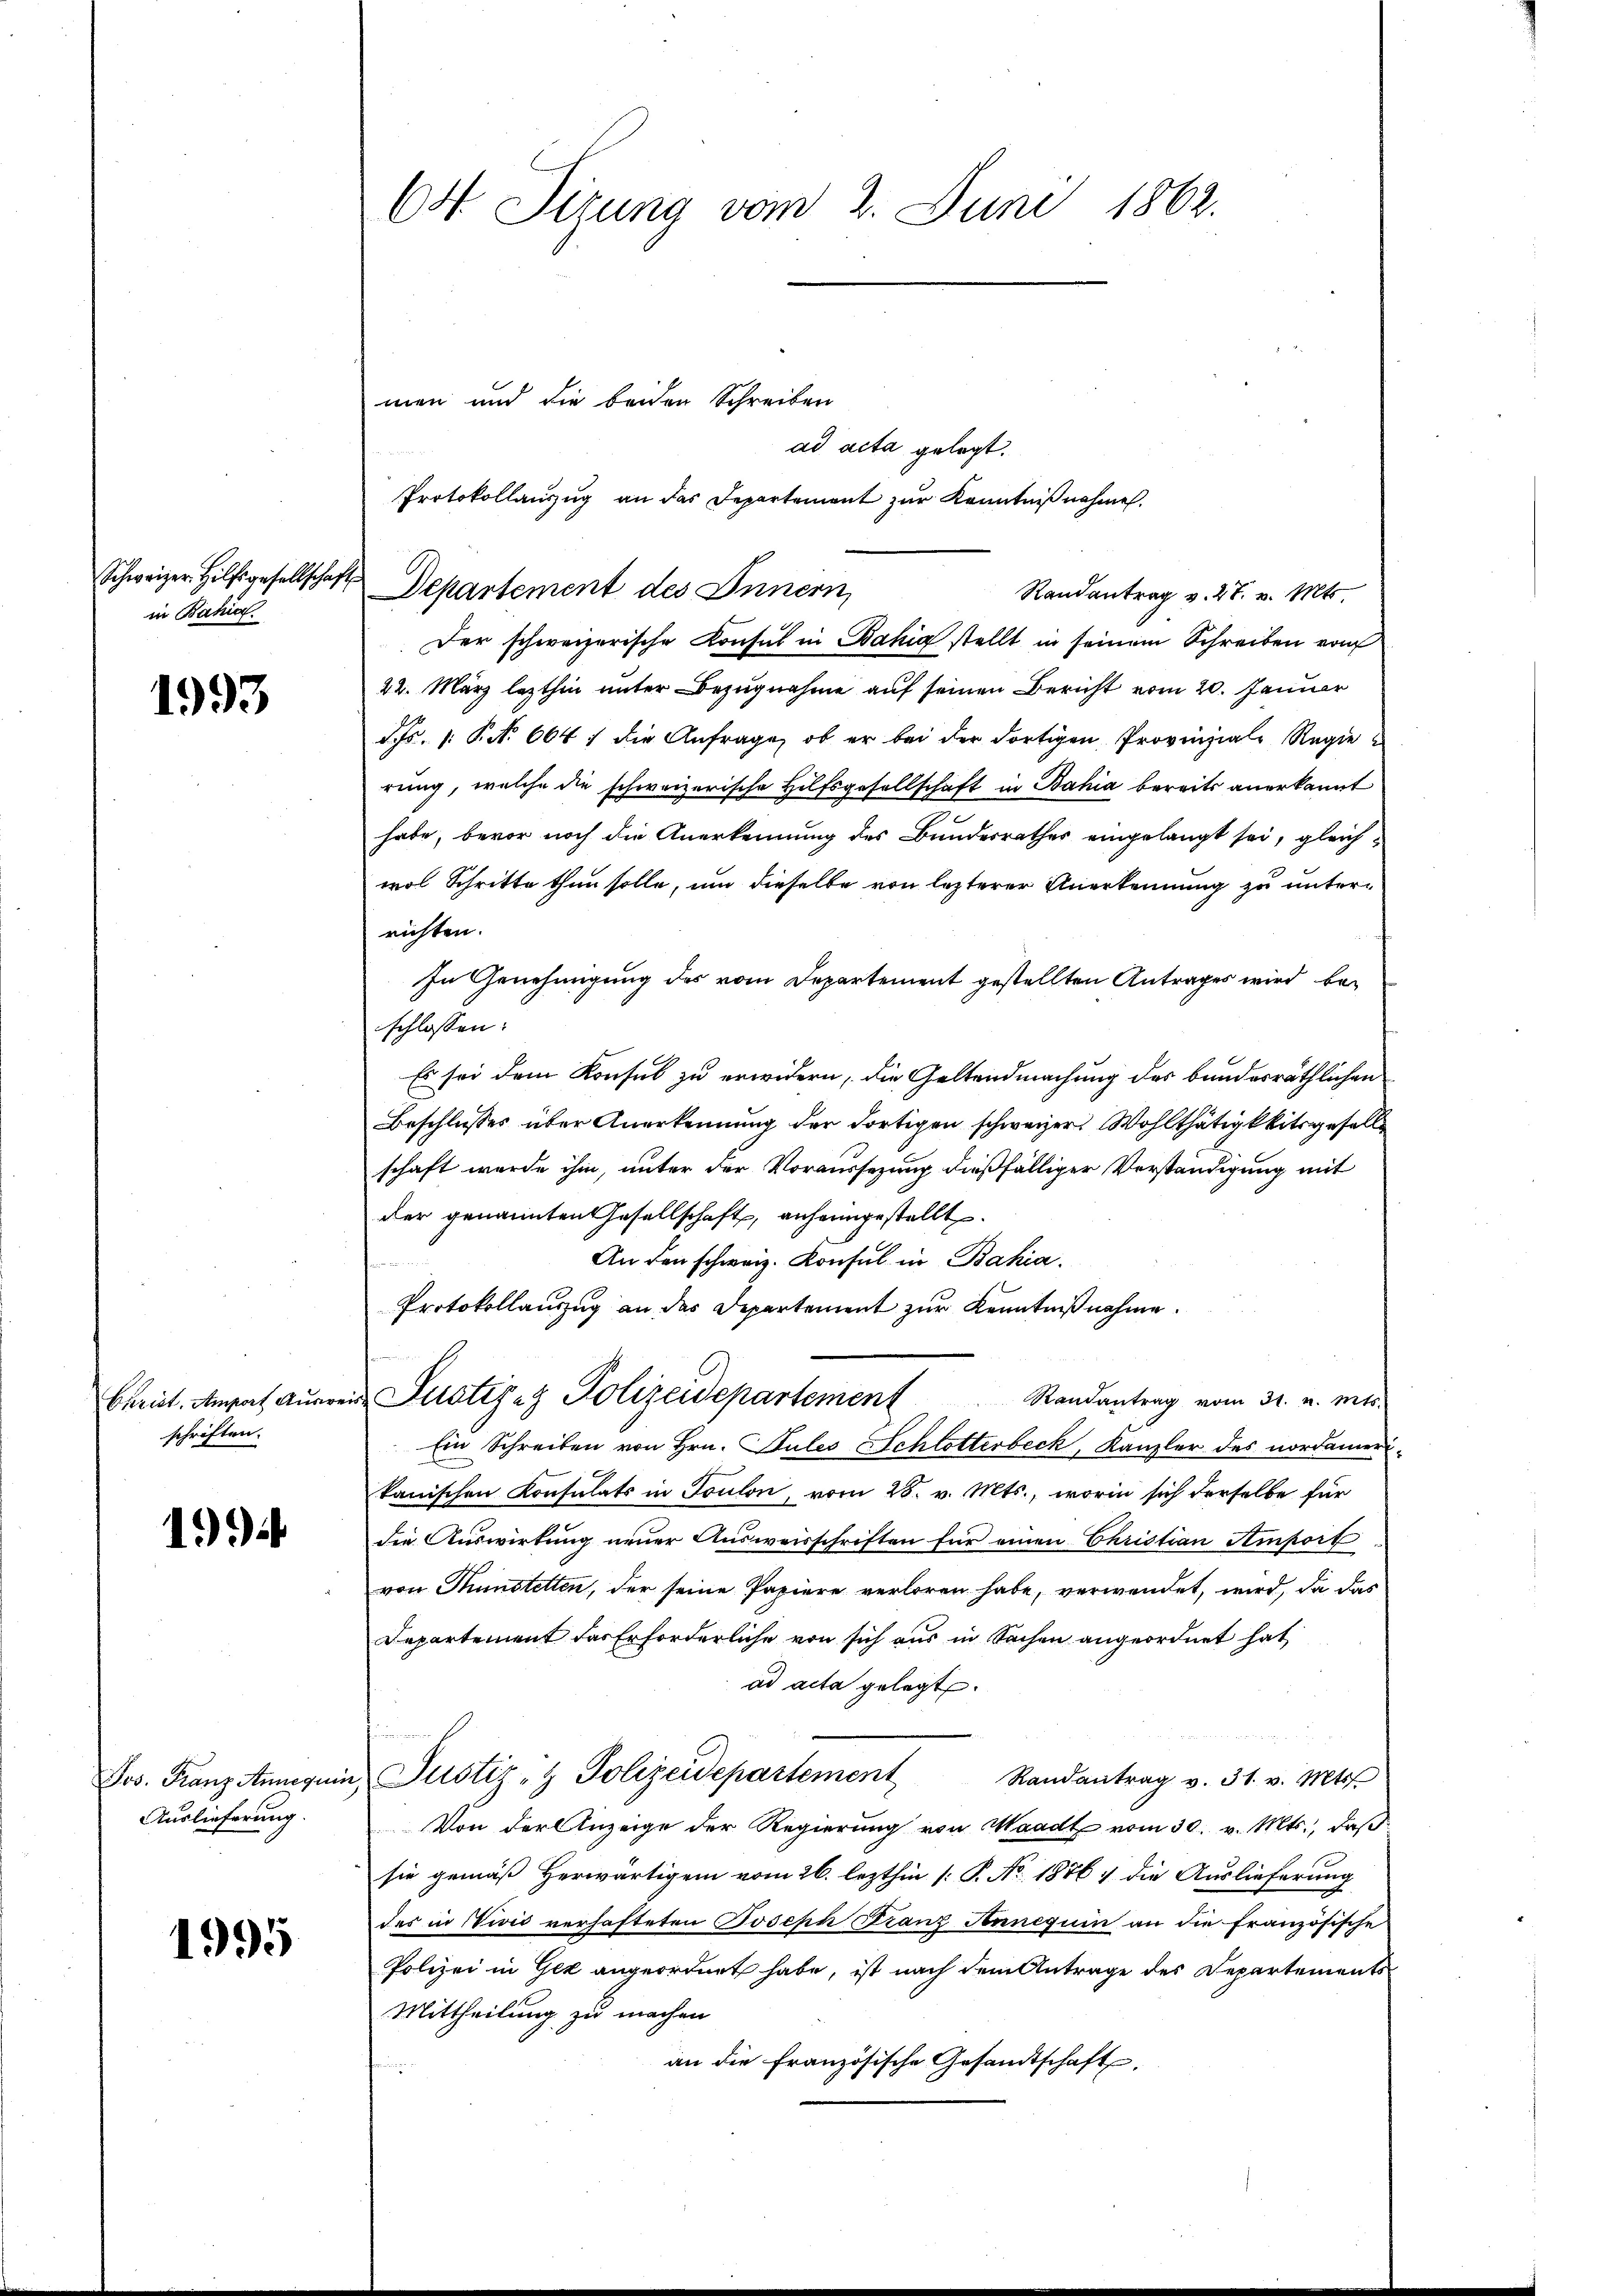
in Bahia.

1993

Christ. Amport Ausweis
schriften.

1)

Jos. Franz Annequis
Auslieferung.

1995

64 Sizung vom 2. Juni 1862.

men und die beiden Schreiben
ad acta gelegt.
Protokollanzug an das Departement zur Kenntniß nehmen.
Der schweizerische Konsul in Bahia stellt in seinem Schreiben vom
22. März lezthin unter Bezugnahme auf seinen Bericht vom 20. Januar
S.s. 1. P. Nr. 664 die Anfrage, ob er bei der dortigen Provinziale Regierung, welche die schweizerische Hilfsgesellschaft in Bahia bereits anerkannt
habe, bevor noch die Anerkennung des Bundesrathes eingelangt sei, gleichwol Schritte thun solle, um dieselbe von lezterer Anerkennung zu unterrichten.
In Genehmigung des vom Departement gestellten Antrages wird beschlossen:
Es sei dem Konsul zu erwidern, die Geltendmachung des bundesräthlichen
Beschlusses über Anerkennung der dortigen schweizer. Wohlthätigkeitsgesells
schaft wurde ihm, unter der Voraussezung dießfälliger Verständigung mit
der genannten Gesellschaft, anheimgestellt.
An den schweiz. Konsul in Bahia
Protokollauszug an das Departement zur Kenntnißnahme.
Justizez Polizeidepartement
Randantrag vom 31. v. Mts.
Ein Schreiben von Hrn. Pules Schlotterbeck, Kanzler des nordamerikanischen Konsulats in Toulon, vom 28. v. Mts., worin sich derselbe für
die Auswirkung neuer Ausweisschriften für einen Christian Amport
von Münstetten, der seine Papiere verloren habe, verwendet, wird, da das
Departement das Erforderliche von sich aus in Sachen angeordnet hat
ad acta gelegt.
Justiz- & Polizeidepartement
Randantrag v. 31. v. Mts.
Von der Anzeige der Regierung von Waadt vom 30. v. Mts., daß
sie gemäß herwärtigem vom 26. lezthin (: P. No. 1876 die Auslieferung
des in Vivić verhafteten Joseph Franz Anneguin an die französische
Polizei in Gek angeordnet habe, ist nach dem Antrage des Departements
Mittheilung zu machen.
an die Französische Gesandtschaft,

Schweizer Hilfsgesellschaft Departement des Innern,

Randantrag v. 27. v. Mts